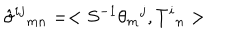
LaTeX: \hat { \sigma } ^ { i j } { } _ { m n } = < S ^ { - 1 } \theta _ { m } { } ^ { j } , T ^ { i } { } _ { n } >